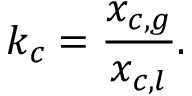
k _ { c } = \frac { x _ { c , g } } { x _ { c , l } } .